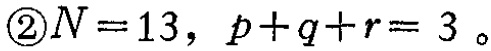
\textcircled{2}$N = 13,\ p + q + r = 3$。